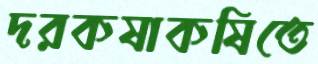
দরকষাকষিতে